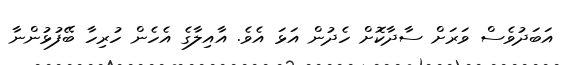
އަބަދުވެސް ވަރަށް ސާދާކޮށް ހެދުން އަޅަ އެވެ. އާއިލާގެ އެހެން ހުރިހާ ބޭފުޅުންނާ